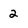
Character: 2